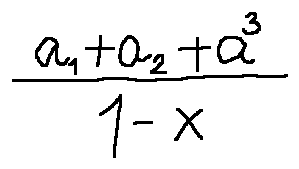
\frac { a _ { 1 } + a _ { 2 } + a ^ { 3 } } { 1 - x }